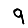
Digit: 9